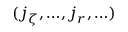
( { j _ { \zeta } , \dots } , { j _ { r } , \dots } )